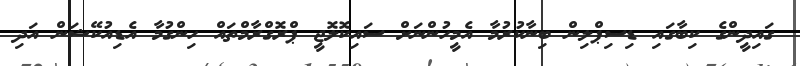
ގައިދީންގެ ކިބާގައި ޑިސިޕްލިން ބިނާކުރުމާ އެމީހުންނަށް ސައިކޮލޮޖީ ޕްރޮގްރާމްތައް ހިންގުމާ އެޑިއުކޭޝަން އަދި